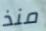
منذ